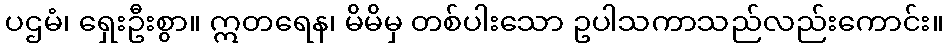
ပဌမံ၊ ရှေးဦးစွာ။ ဣတရေန၊ မိမိမှ တစ်ပါးသော ဥပါသကာသည်လည်းကောင်း။